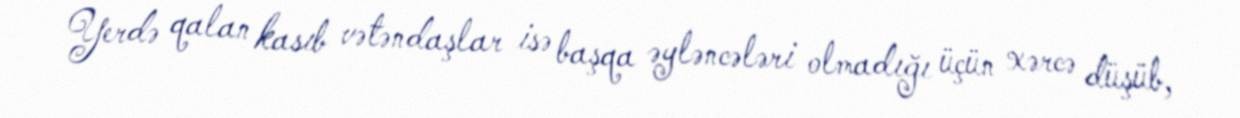
Yerdə qalan kasıb vətəndaşlar isə başqa əyləncələri olmadığı üçün xərcə düşüb,